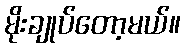
မိုးချုပ်တော့မယ်။